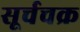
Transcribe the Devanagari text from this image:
सूर्चचक्र